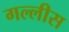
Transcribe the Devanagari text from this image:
गल्लीस